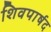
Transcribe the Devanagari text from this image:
शिवपार्षद